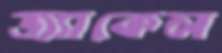
জ্যাকেল